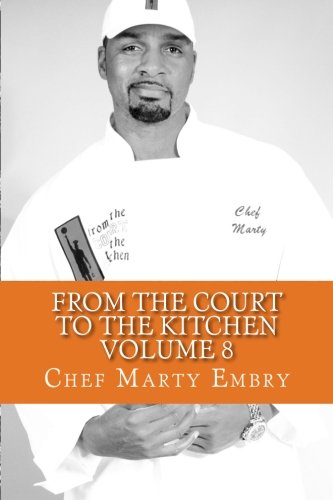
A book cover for From the Court to the Kitchen  Volume 8: Cooking for dummies...I mean men 101; Chef Marty Embry; Cookbooks, Food & Wine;